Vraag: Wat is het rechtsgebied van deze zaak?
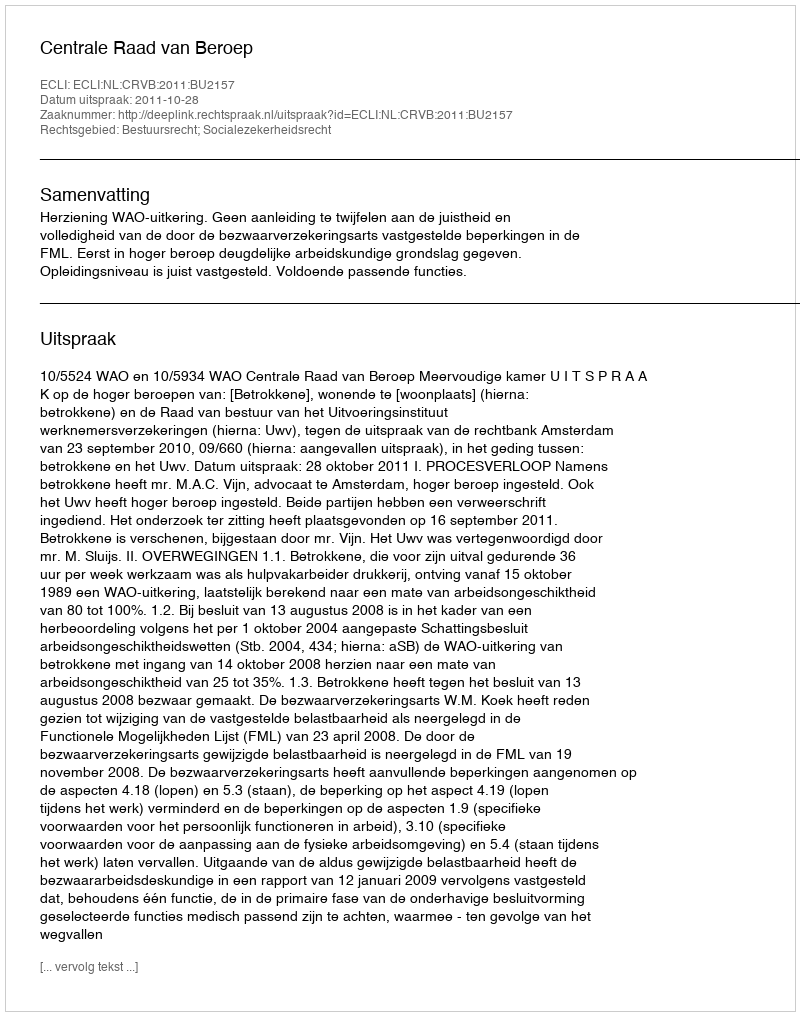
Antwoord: Bestuursrecht; Socialezekerheidsrecht